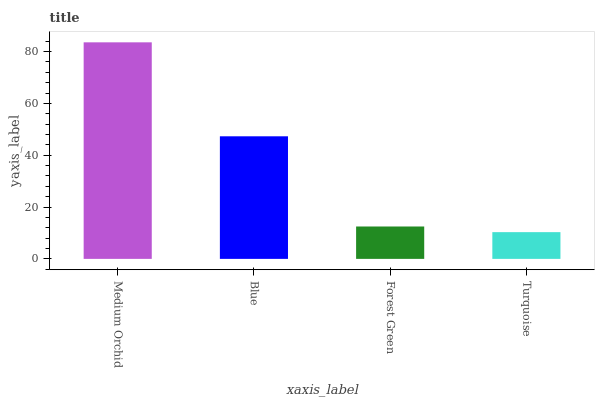
| xaxis_label | bars |
 | --- | --- |
 | Medium Orchid | 83.6 |
 | Blue | 47.3 |
 | Forest Green | 12.5 |
 | Turquoise | 10.3 |